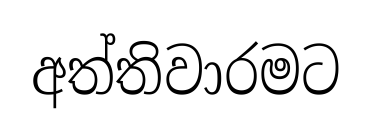
අත්තිවාරමට